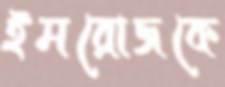
ইমরোজকে